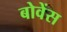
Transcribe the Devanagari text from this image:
बोवेंस